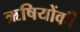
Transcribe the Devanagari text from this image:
ऋषियोंकी